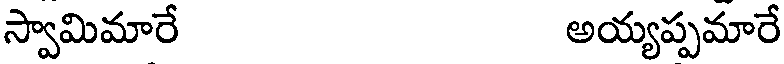
స్వామిమారే అయ్యప్పమారే